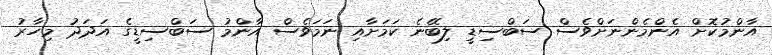
އާންމުކޮށް އެންމެންނަށްވެސް ސަބްސިޑީ ލިބޭނެ ކަމަށާއި ނަމަވެސް އާންމު ސަބްސިޑީގެ އަދަދު މިހާރު